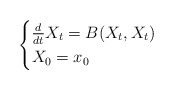
\begin{align*}\begin{cases}\frac{d}{dt}X_t = B(X_t,X_t) \\ X_0 = x_0\end{cases}\end{align*}